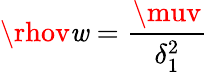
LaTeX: \rhov\mathit{w}={\frac{{\muv}}{{\delta_{1}^{2}}}}